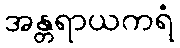
အန္တရာယကရံ